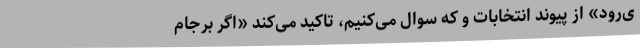
ی‌رود» از پیوند انتخابات و که سوال می‌کنیم، تاکید می‌کند «اگر برجام